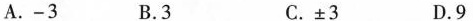
A.-3 B.3 C.±3 D.9